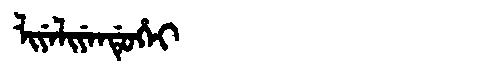
Manchu: ᠯᡳᠶᡝᠯᡳᠶᡝᠨᡩᡠᡥᡝᡳ
Romanization: LIYELIYENDUHEI